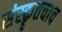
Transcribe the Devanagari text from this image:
संस्कॄतचाच